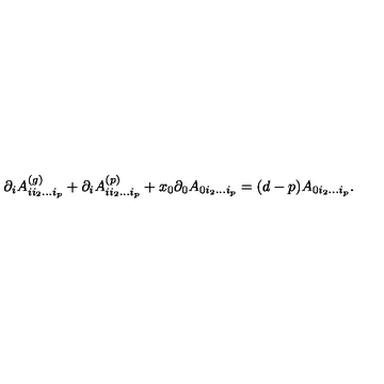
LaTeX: \partial _ { i } A _ { i i _ { 2 } \ldots i _ { p } } ^ { ( g ) } + \partial _ { i } A _ { i i _ { 2 } \ldots i _ { p } } ^ { ( p ) } + x _ { 0 } \partial _ { 0 } A _ { 0 i _ { 2 } \ldots i _ { p } } = ( d - p ) A _ { 0 i _ { 2 } \ldots i _ { p } } .